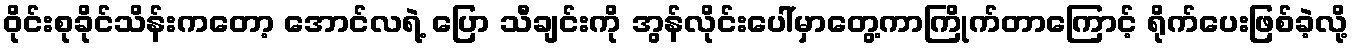
ဝိုင်းစုခိုင်သိန်းကတော့ အောင်လရဲ့ ပြော သီချင်းကို အွန်လိုင်းပေါ်မှာတွေ့ကာကြိုက်တာကြောင့် ရိုက်ပေးဖြစ်ခဲ့လို့